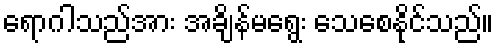
ရောဂါသည်အား အချိန်မရွေး သေစေနိုင်သည်။